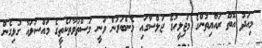
މިއަދު އޮތް ރައްޔިތުންގެ މަޖިލީހުގެ ޖަލްސާގައި މެންބަރުން ވަނީ މަސްތުވާތަކެތީގެ މައްސަލައާ ގުޅިގެން